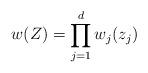
LaTeX: \begin{align*}w(Z) = \prod_{j=1}^d w_j(z_j)\end{align*}